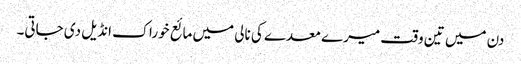
دن میں تین وقت میرے معدے کی نالی میں مائع خوراک انڈیل دی جاتی۔